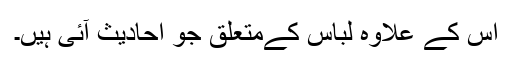
اس کے علاوہ لباس کےمتعلق جو احادیث آئی ہیں۔